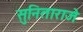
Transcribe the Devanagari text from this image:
सुनिताराजे